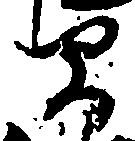
間